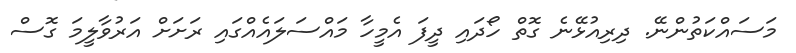
މަސައްކަތުންނޭ. ދިރިއުޅޭނެ ގޮތް ހޯދައި ދީފަ އެމީހާ މައްސަލައެއްގައި ރަށަށް އަރުވާލީމަ ގޮސް